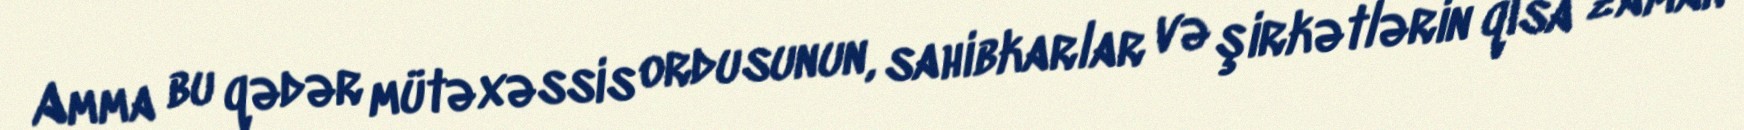
Amma bu qədər mütəxəssis ordusunun, sahibkarlar və şirkətlərin qısa zaman